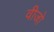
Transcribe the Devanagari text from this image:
वीजो